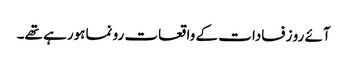
آئے رو زفسادات کے واقعات رونما ہورہے تھے۔